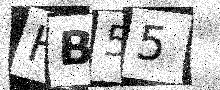
Text: HB55